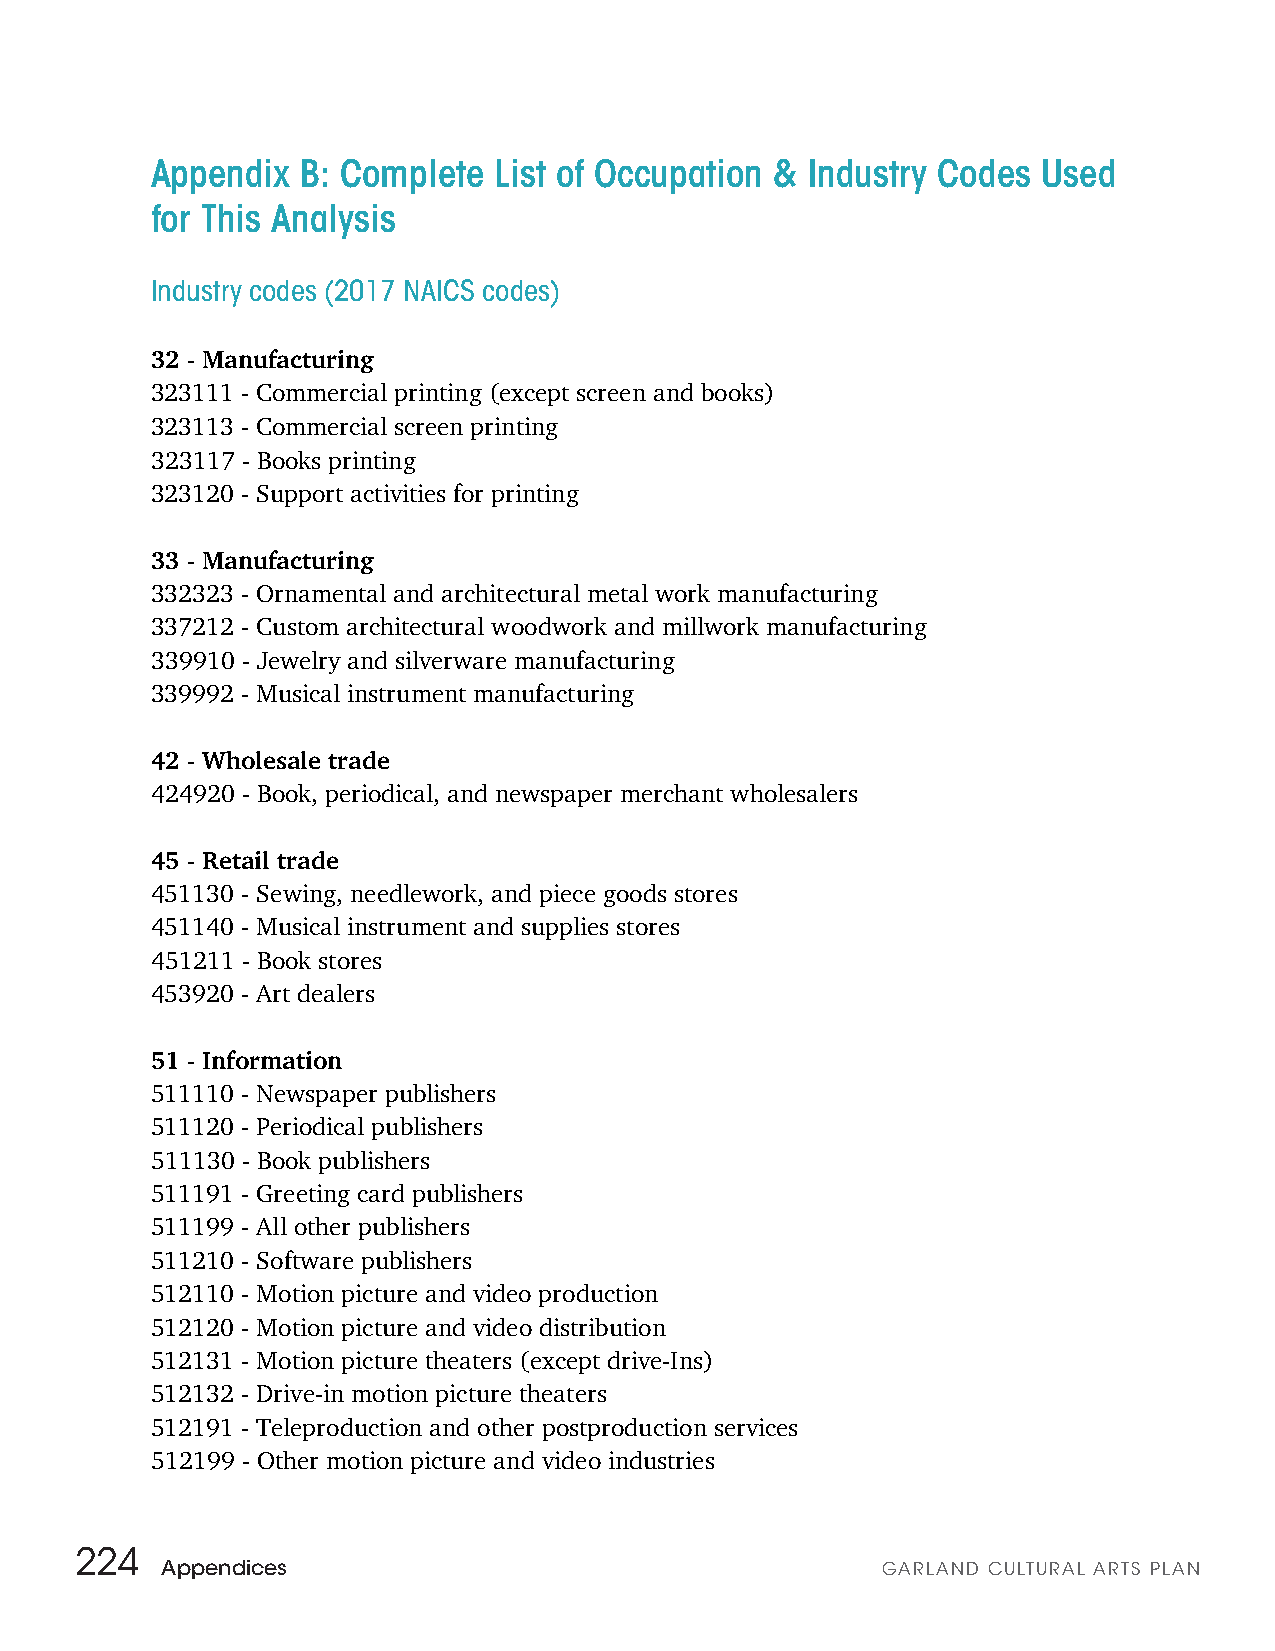
Appendix  B: Complete  List of Occupation & Industry Codes Used
 for This Analysis
 Industry codes (2017 NAICS codes)
 32 - Manufacturing
 323111 - Commercial printing (except screen and books)
 323113 - Commercial screen printing
 323117 - Books printing
 323120 - Support activities for printing
 33 - Manufacturing
 332323 - Ornamental and architectural metal work manufacturing
 337212 - Custom architectural woodwork and millwork manufacturing
 339910 - Jewelry and silverware manufacturing
 339992 - Musical instrument manufacturing
 42 - Wholesale trade
 424920 - Book, periodical, and newspaper merchant wholesalers
 45 - Retail trade
 451130 - Sewing, needlework, and piece goods stores
 451140 - Musical instrument and supplies stores
 451211 - Book stores
 453920 - Art dealers
 51 - Information
 511110 - Newspaper publishers
 511120 - Periodical publishers
 511130 - Book publishers
 511191 - Greeting card publishers
 511199 - All other publishers
 511210 - Software publishers
 512110 - Motion picture and video production
 512120 - Motion picture and video distribution
 512131 - Motion picture theaters (except drive-Ins)
 512132 - Drive-in motion picture theaters
 512191 - Teleproduction and other postproduction services
 512199 - Other motion picture and video industries
 224
 Appendices                                     GARLAND CULTURAL ARTS PLAN